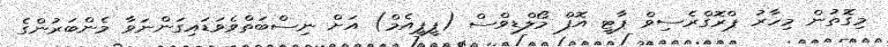
މިގޮތުން މިހާރު ޕްރޮގްރެސިވް ޕާޓީ އޮފް މޯލްޑިވްސް (ޕީޕީއެމް) އަށް ނިސްބަތްވެވަޑައިގަންނަވާ މެންބަރުންގެ